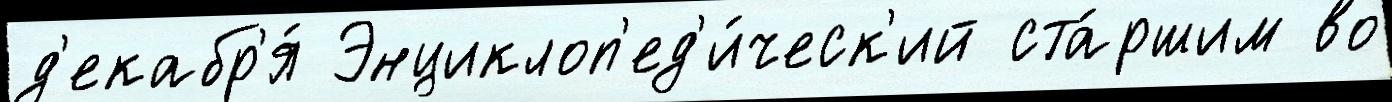
д'екабр'я́ Энциклоп'ед'и́ческ'ий ста́ршим во